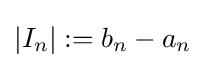
|I_{n}|:=b_{n}-a_{n}